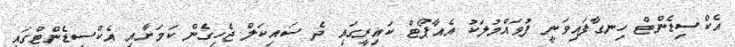
އެކްސިޑެންޓް ހިނގާފައިވަނީ ފުވައްމުލަކު އެއާޕޯޓް ކައިރީގައި ދެ ސައިކަލް ޖެހިގެން ކަމަށާއި އެކްސިޑެންޓްގައި